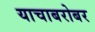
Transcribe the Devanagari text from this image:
याचाबरोबर